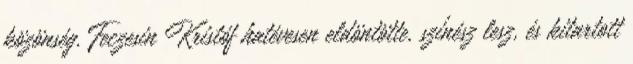
közönség. Feczesin Kristóf hat­évesen eldöntötte, színész lesz, és kitartott